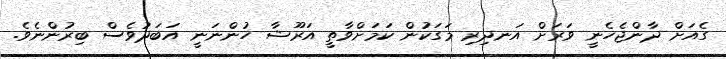
ގެއަށް ދާންޖެހެނީ ވަރަށް އަނދިރި މަގަކުން ކަމަށްވާތީ އަރޫޝާ ހުންނަނީ އަބަދުވެސް ބިރުންނެވެ.